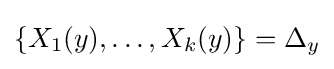
\{X_{1}(y),\ldots ,X_{k}(y)\}=\Delta _{y}